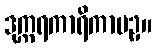
ဒုက္ကရကာရိကာပဥှ။